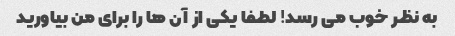
به نظر خوب می رسد! لطفا یکی از آن ها را برای من بیاورید